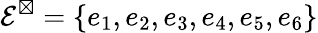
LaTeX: \mathcal{E}^{\boxtimes}=\{ e_{1},e_{2},e_{3},e_{4},e_{5},e_{6}\}